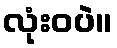
လုံးဝပဲ။